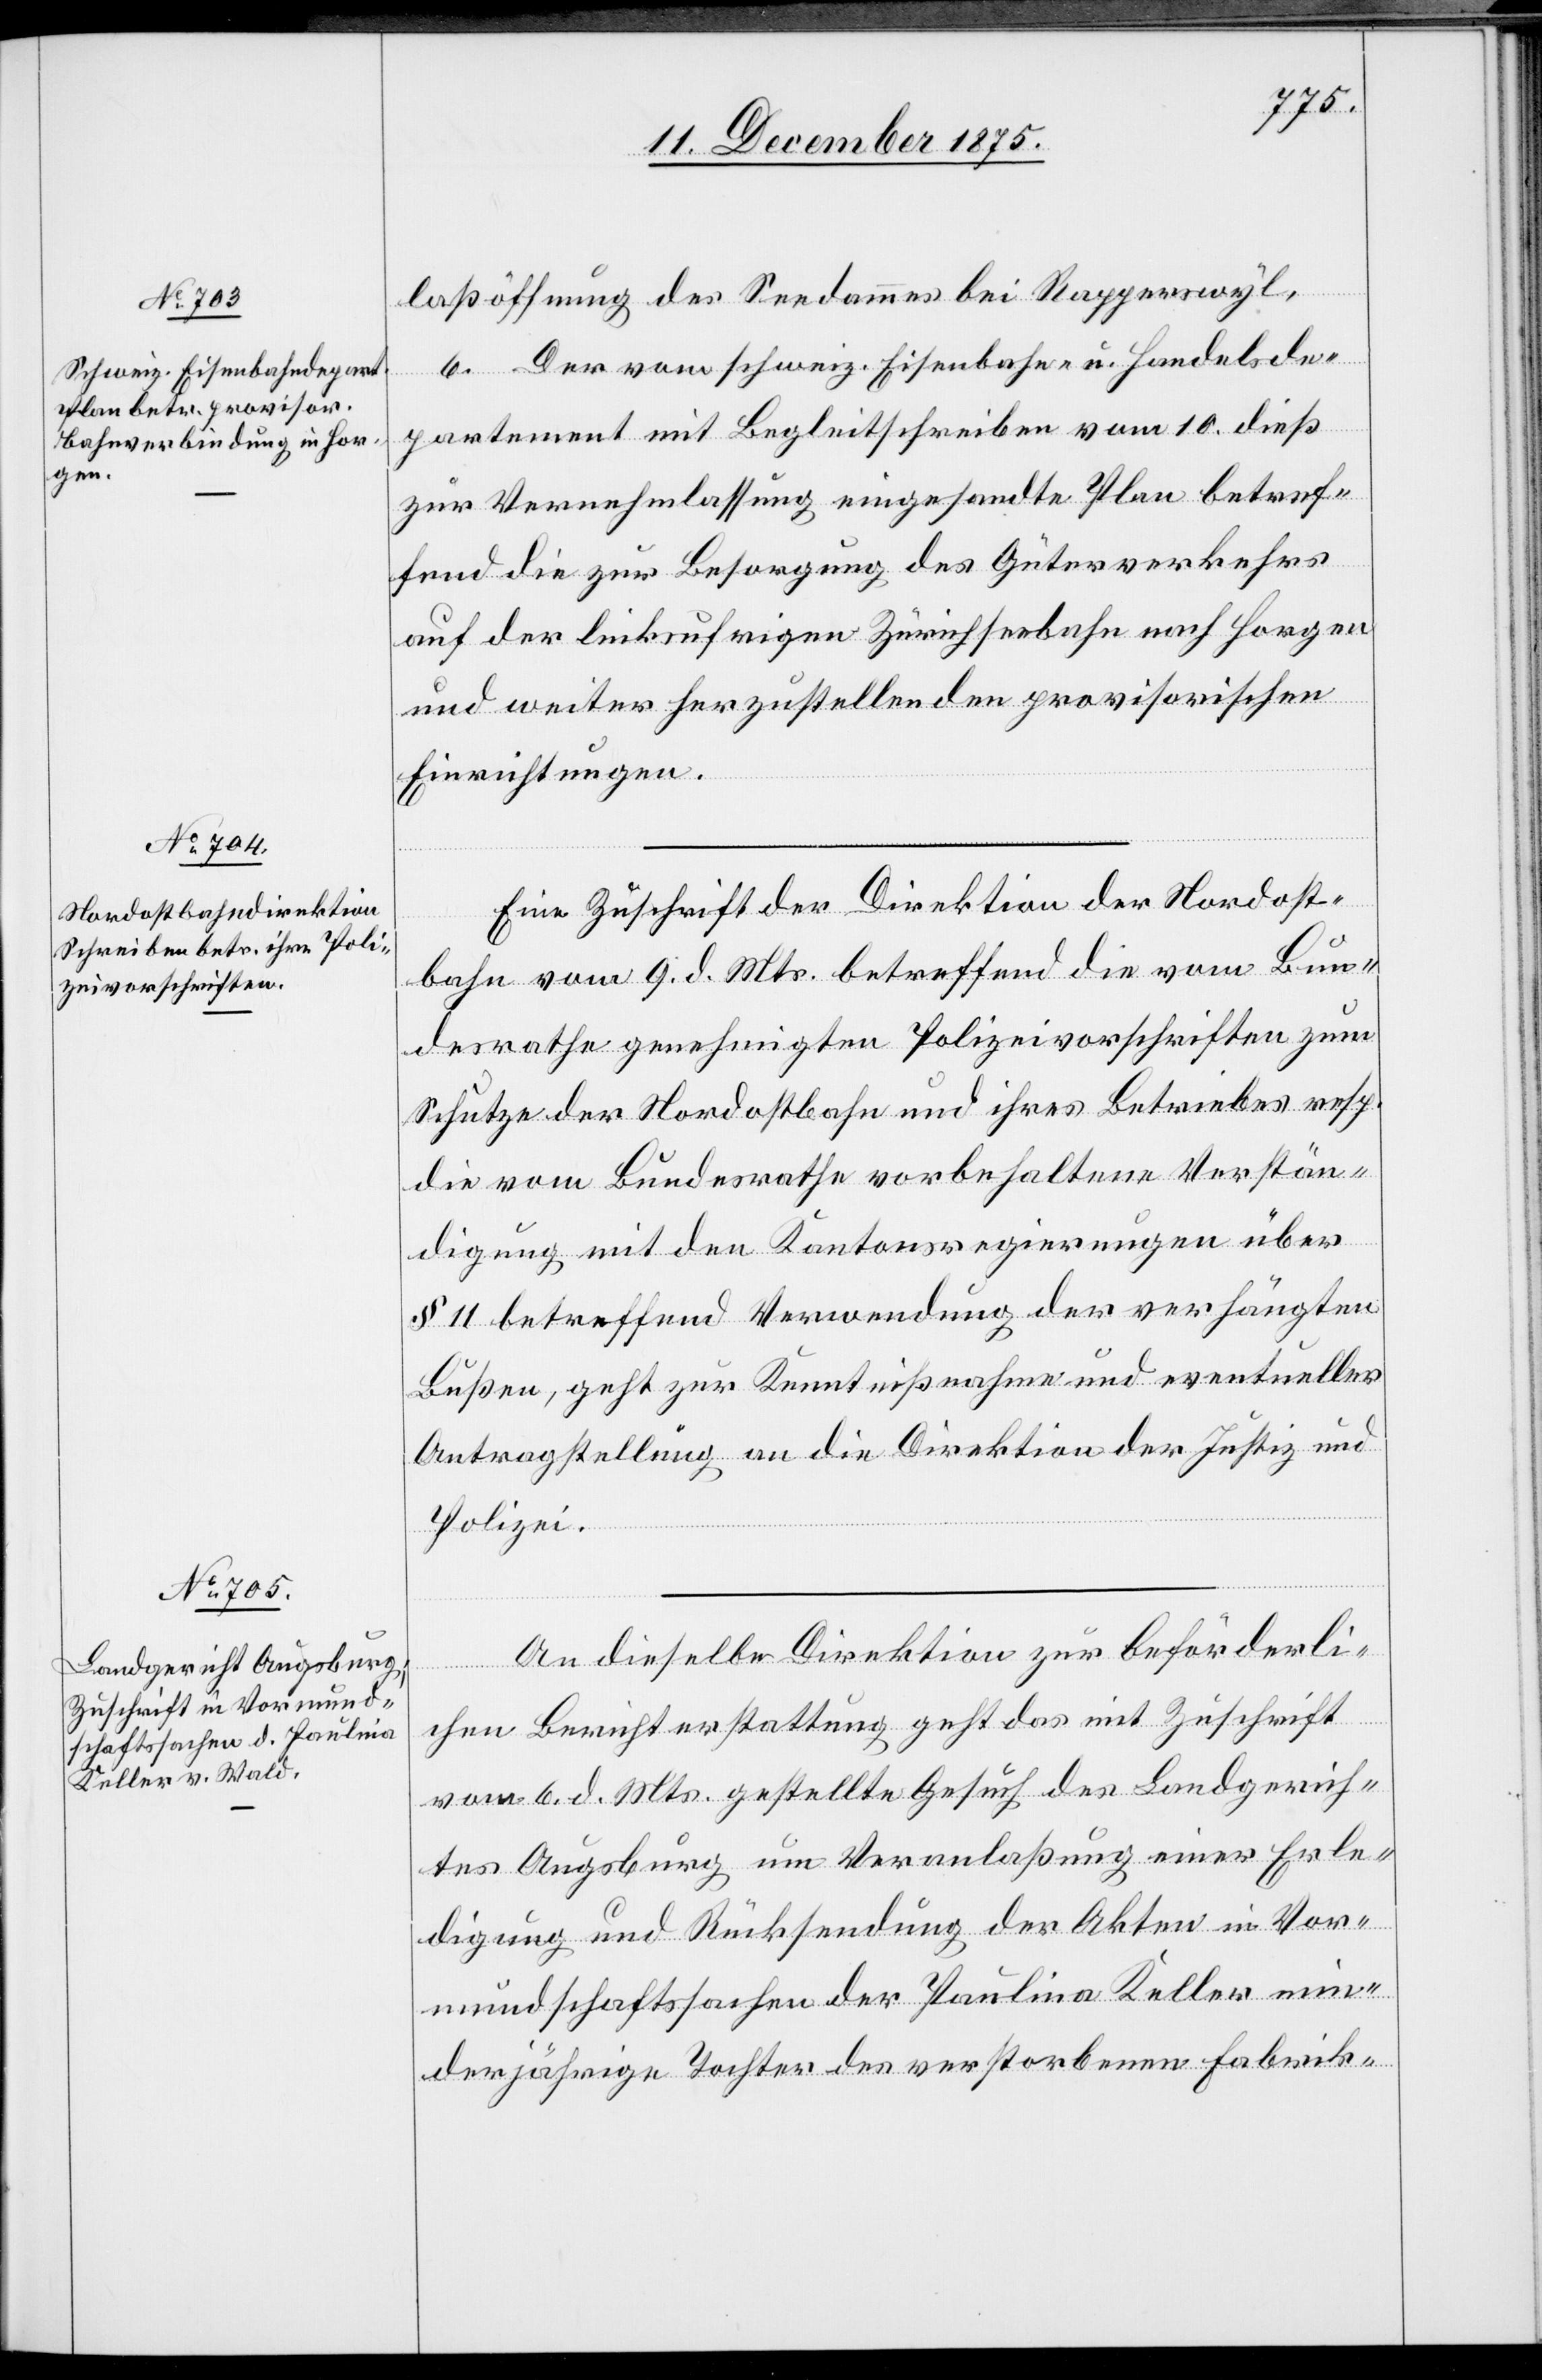
13. December 1875.]
laßöffnung des Seedammes bei Rapperswyl.
6. Der vom schweiz. Eisenbahn- und Handelsde¬
partement mit Begleitschreiben vom 10. dieß
zur Vernehmlassung eingesandte Plan betref¬
fend die zur Besorgung des Güterverkehrs
auf der linksufrigen Zürichseebahn von Horgen
und weiter herzustellenden provisorischen
Einrichtungen.
Eine Zuschrift der Direktion der Nordost¬
bahn vom 9. d. Mts. betreffend die vom Bun¬
desrathe genehmigten Polizeivorschriften zum
Schutze der Nordostbahn und ihres Betriebes resp.
die vom Bundesrathe vorbehaltene Verstän¬
digung mit den Kantonsregierungen über
§ 11 betreffend Verwendung der verhängten
Bußen, geht zur Kenntnißnahme und eventueller
Antragstellung an die Direktion der Justiz und
Polizei.
An dieselbe Direktion zur beförderli¬
chen Berichterstattung geht das mit Zuschrift
vom 6. d. Mts. gestellte Gesuch des Landgerich¬
tes Augsburg um Veranlaßung einer Erle¬
digung und Rücksendung der Akten in Vor¬
mundschaftssachen der Paulina Keller min¬
derjährige Tochter des verstorbenen Fabrik-